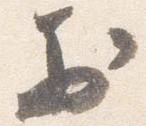
於